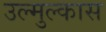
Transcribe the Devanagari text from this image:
उल्मुल्कास